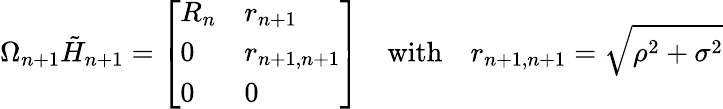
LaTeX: \Omega_{n+1}{\tilde{H}}_{n+1}={\left[\begin{array}{ll}{R_{n}}&{r_{n+1}}\\ {0}&{r_{n+1,n+1}}\\ {0}&{0}\end{array}\right]}\quad{\mathrm{with}}\quad r_{n+1,n+1}={\sqrt{\rho^{2}+\sigma^{2}}}